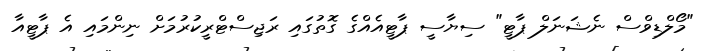
"މޯލްޑިވްސް ނެޝަނަލް ޕާޓީ" ސިޔާސީ ޕާޓީއެއްގެ ގޮތުގައި ރަޖިސްޓްރީކުރުމަށް ނިންމައި އެ ޕާޓީއާ